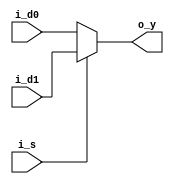
`ifndef _mux2
`define _mux2

module mux2 #(
  parameter WIDTH = 32
) (
  input wire [WIDTH-1:0] i_d0, i_d1,
  input wire i_s,
  output wire [WIDTH-1:0] o_y
);

  assign o_y = i_s ? i_d1 : i_d0;
endmodule

`endif